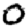
Digit: 0